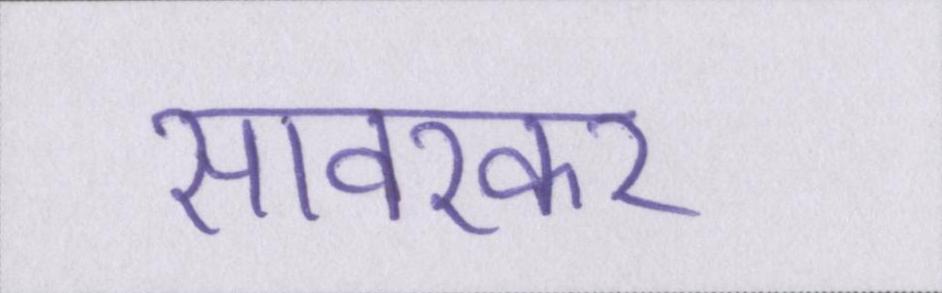
सावरकर